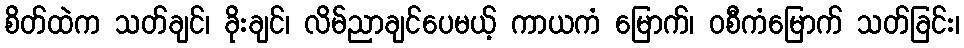
စိတ်ထဲက သတ်ချင်၊ ခိုးချင်၊ လိမ်ညာချင်ပေမယ့် ကာယကံ မြောက်၊ ဝစီကံမြောက် သတ်ခြင်း၊